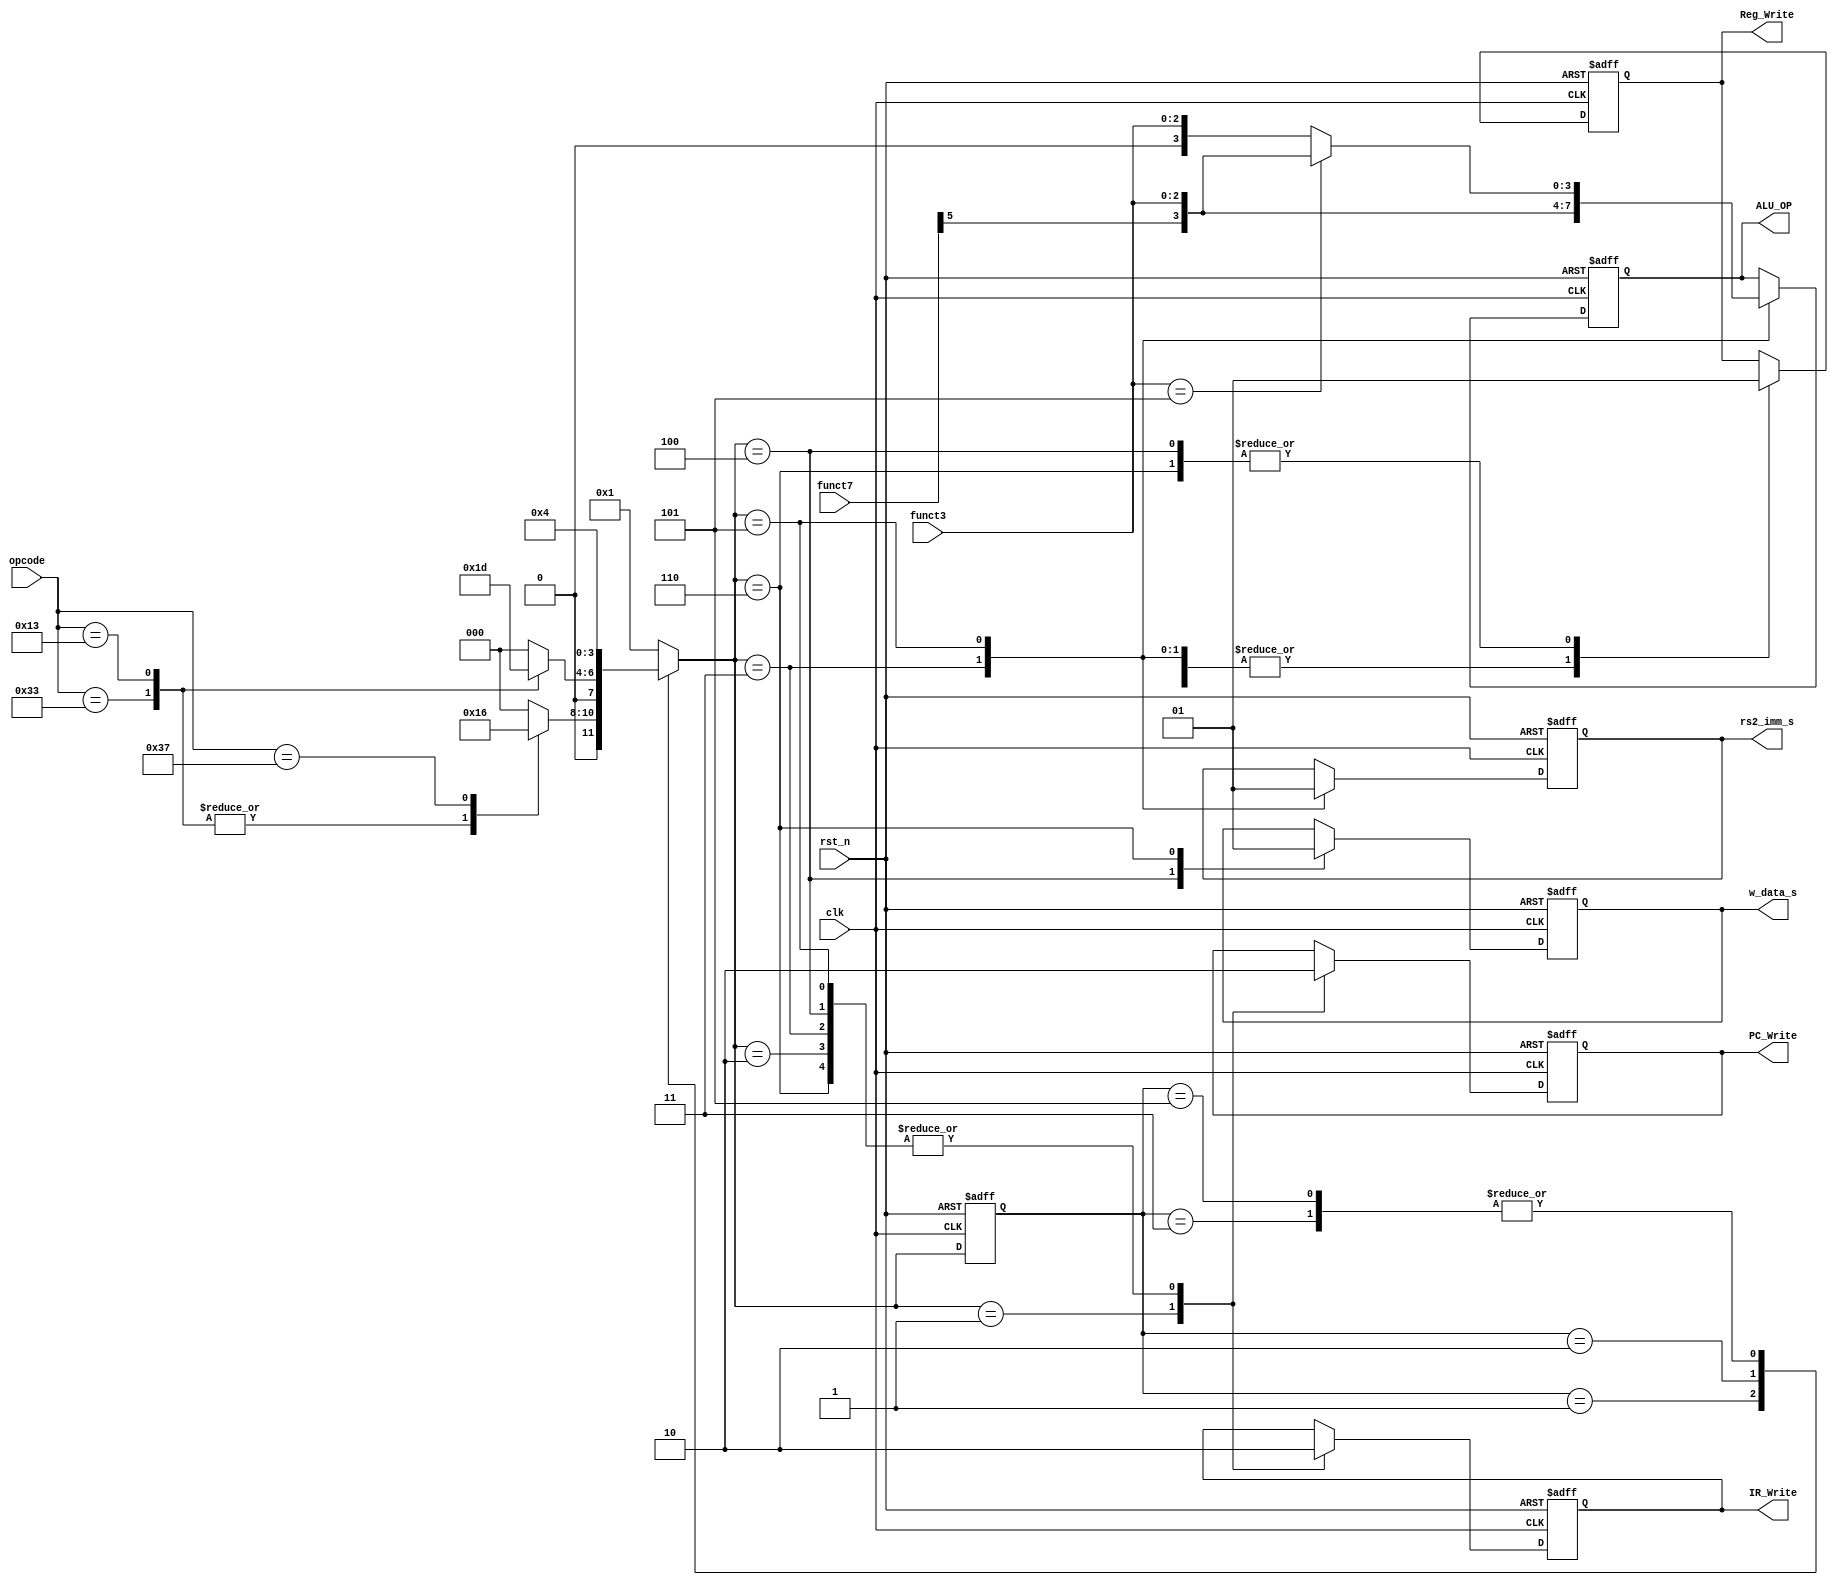
module CU(
    input [6:0] opcode,
    input [2:0] funct3,
    input [6:0] funct7,
    input rst_n,
    input clk,
    output reg [3:0] ALU_OP,
    output reg rs2_imm_s,
    output reg w_data_s,
    output reg Reg_Write,
    output reg IR_Write,
    output reg PC_Write
);

reg [3:0] ST; // 

// 
parameter Idle = 4'b0000; // 
parameter S1 = 4'b0001;
parameter S2 = 4'b0010;
parameter S3 = 4'b0011;
parameter S4 = 4'b0100;
parameter S5 = 4'b0101;
parameter S6 = 4'b0110;

reg [3:0] Next_ST; //

initial begin
    ST <= Idle;
end


always @(negedge rst_n or posedge clk)
begin 
    if (!rst_n) begin
        ST <= Idle;
    end
    else begin
        ST <= Next_ST;
    end
end

always @(*)
begin
    Next_ST <= Idle;
    case (ST) 
        S1: begin
            case (opcode)
                7'b0010011: begin
                    Next_ST <= S2;
                end
                7'b0110011: begin
                    Next_ST <= S2;
                end
                7'b0110111: begin
                    Next_ST <= S6;
                end
                default:
                    Next_ST <= Idle;
            endcase
        end
        S2: begin
            case (opcode)
                7'b0110011: begin
                    Next_ST <= S3;
                end
                7'b0010011: begin
                    Next_ST <= S5;
                end
                default:
                    Next_ST <= Idle;
            endcase
        end
        S3: begin
            Next_ST <= S4;
        end
        S4: begin
            Next_ST <=S1;
        end
        S5: begin
            Next_ST <=S4;
        end
        S6: begin
            Next_ST <=S1;
        end
        default begin
            Next_ST <= S1;
        end 
    endcase
end

always @(negedge rst_n or posedge clk)
begin
    if (!rst_n) begin
        PC_Write <= 1'b0;
        IR_Write <= 1'b0;
        Reg_Write <= 1'b0;
        w_data_s <= 1'b0;
        rs2_imm_s <= 1'b0;
        ALU_OP <= 4'b0;
    end else begin
        case (Next_ST)
            S1:begin
                PC_Write <= 1'b1;
                IR_Write <= 1'b1;
                Reg_Write <= 1'b0;
            end
            S2:begin
                PC_Write <= 1'b0;
                IR_Write <= 1'b0;
                Reg_Write <= 1'b0;
            end
            S3:begin
                PC_Write <= 1'b0;
                IR_Write <= 1'b0;
                Reg_Write <= 1'b0;
                rs2_imm_s <= 1'b0;
                ALU_OP <= {funct7[5], funct3};
            end
            S4:begin
                PC_Write <= 1'b0;
                IR_Write <= 1'b0;
                Reg_Write <= 1'b1;
                w_data_s <= 1'b0;
            end
            S5:begin
                PC_Write <= 1'b0;
                IR_Write <= 1'b0;
                Reg_Write <= 1'b0;
                rs2_imm_s <= 1'b1;
                if (funct3==3'b101) begin
                    ALU_OP <= {funct7[5],funct3};                    
                end
                else begin
                  ALU_OP<={1'b0,funct3};
                end
            end
            S6:begin
                PC_Write <= 1'b0;
                IR_Write <= 1'b0;
                Reg_Write <= 1'b1;
                w_data_s <= 1'b1;
            end
        endcase
    end
end
endmodule